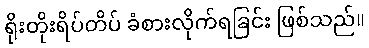
ရိုးတိုးရိပ်တိပ် ခံစားလိုက်ရခြင်း ဖြစ်သည်။